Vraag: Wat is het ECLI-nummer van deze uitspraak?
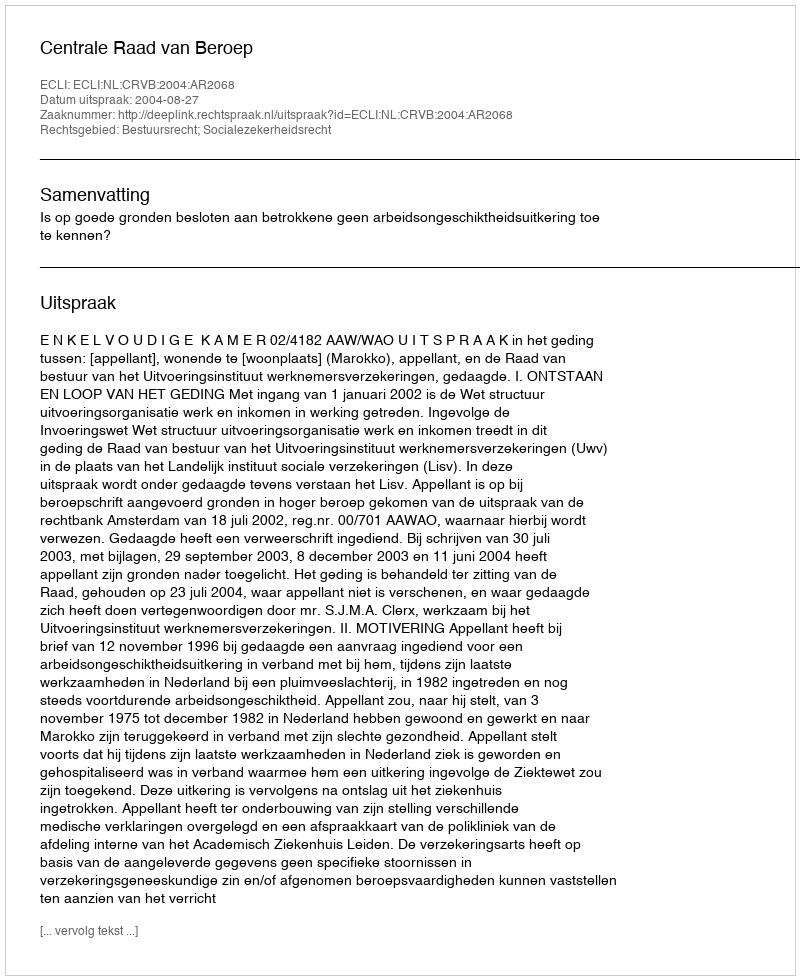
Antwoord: ECLI:NL:CRVB:2004:AR2068